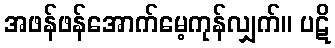
အဖန်ဖန်အောက်မေ့ကုန်လျှက်။ ပဋိ